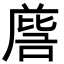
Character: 𭉵